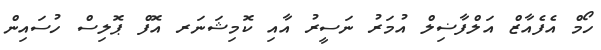
ހޯމް އެފެއާޒް އަލްފާޟިލް އުމަރު ނަސީރު އާއި ކޮމިޝަނަރ އޮފް ޕޮލިސް ހުސައިން